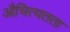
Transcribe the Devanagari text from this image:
औचित्यतता